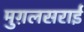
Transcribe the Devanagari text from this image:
मुग़लसराई